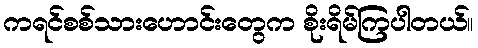
ကရင်စစ်သားဟောင်းတွေက စိုးရိမ်ကြပါတယ်။